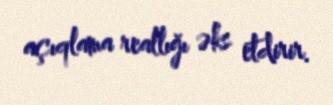
açıqlama reallığı əks etdirir.